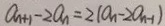
a _ { n + 1 } - 2 a _ { n } = 2 ( a _ { n } - 2 a _ { n - 1 } )